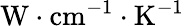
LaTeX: \mathrm{W\cdot{cm}^{-1}\cdot K^{-1}}